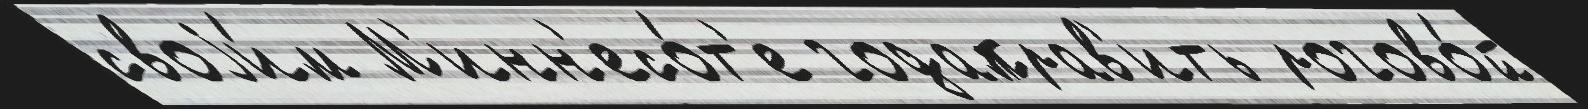
своjи́м М'инн'есо́т'е годаправ'ить рогово́й